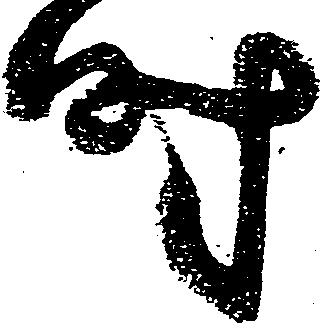
時